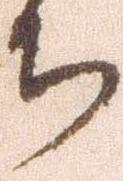
ち